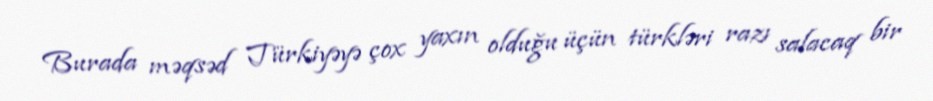
Burada məqsəd Türkiyəyə çox yaxın olduğu üçün türkləri razı salacaq bir